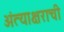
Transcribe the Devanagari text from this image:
अंत्याक्षराची